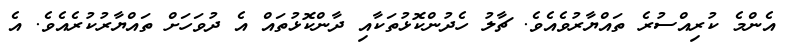
އެންމެ ކުރިއްސުރެ ތައްޔާރުވެއެވެ. ޗާލު ހެދުންކޮޅުތަކާއި ދާންކޮޅުތައް އެ ދުވަހަށް ތައްޔާރުކުރެއެވެ. އެ